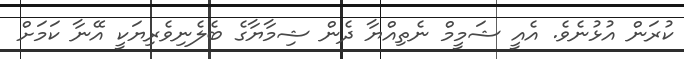
ކުރަން އުޅުނެވެ. އެއީ ޝަމީމް ނެތިއްޔާ ދެން ޝިމާޔާގެ ބެލެނިވެރިޔަކީ އޭނާ ކަމަށް